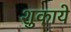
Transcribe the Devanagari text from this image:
शुकाये